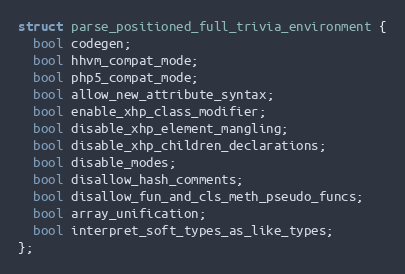
Language: C
struct parse_positioned_full_trivia_environment {
  bool codegen;
  bool hhvm_compat_mode;
  bool php5_compat_mode;
  bool allow_new_attribute_syntax;
  bool enable_xhp_class_modifier;
  bool disable_xhp_element_mangling;
  bool disable_xhp_children_declarations;
  bool disable_modes;
  bool disallow_hash_comments;
  bool disallow_fun_and_cls_meth_pseudo_funcs;
  bool array_unification;
  bool interpret_soft_types_as_like_types;
};